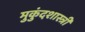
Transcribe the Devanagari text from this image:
मुुकुंदशास्त्री